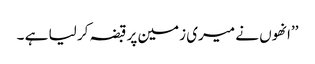
’’انھوں نے میری زمین پر قبضہ کر لیا ہے ۔